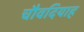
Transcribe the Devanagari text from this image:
चौवदियाह